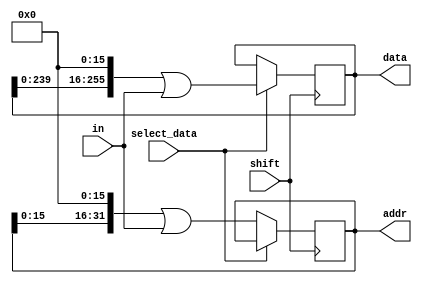
`timescale 1ns / 1ps

module shift_register 
#(
    parameter DATA_INPUT_WIDTH = 16,
    parameter DATA_WIDTH = 256,
    parameter ADDRESS_WIDTH = 32
)(
    input [DATA_INPUT_WIDTH-1:0] in,
    input shift,
    input select_data, // 1 = data is shifted, 0 = addr is shifted
    output [DATA_WIDTH-1:0] data,
    output [ADDRESS_WIDTH-1:0] addr
    );
    reg [DATA_WIDTH-1:0] r_data = 0;
    reg [ADDRESS_WIDTH-1:0] r_addr = 0;
    assign data = r_data;
    assign addr = r_addr; 
    always @(posedge shift)
    begin
        if (select_data)
        begin
            r_data <= (r_data << DATA_INPUT_WIDTH) | in;
        end else 
        begin
            r_addr <= (r_addr << DATA_INPUT_WIDTH) | in;
        end
    end
endmodule